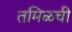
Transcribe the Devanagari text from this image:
तमिळची